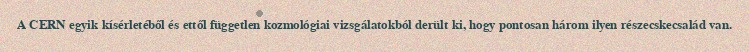
A CERN egyik kísérletéből és ettől független kozmológiai vizsgálatokból derült ki, hogy pontosan három ilyen részecskecsalád van.